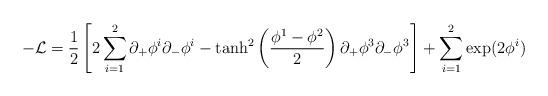
LaTeX: \begin{align*}-{\cal L } = \frac{1}{2}\left[2\sum_{i =1}^{2}\partial_+\phi^{i}\partial_- \phi^{i} - \tanh^2 \left ({\phi^{1} - \phi^{2}\over 2}\right)\partial_+\phi^{3}\partial_- \phi^{3}\right] + \sum_{i =1}^{2} \exp (2\phi^i)\end{align*}